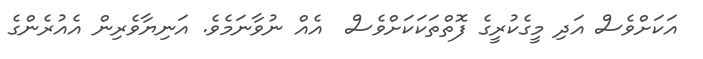
އަކަށްވެސް އަދި މީގެކުރީގެ ފޮތްތަކަކަށްވެސް  އެއް ނުވާނަމެވެ. އަނިޔާވެރިން އެއުރެންގެ